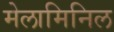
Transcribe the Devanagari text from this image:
मेलामिनिल